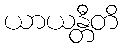
ယာယန္တီတိ